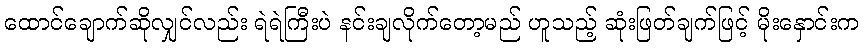
ထောင်ချောက်ဆိုလျှင်လည်း ရဲရဲကြီးပဲ နင်းချလိုက်တော့မည် ဟူသည့် ဆုံးဖြတ်ချက်ဖြင့် မိုးနှောင်းက